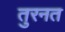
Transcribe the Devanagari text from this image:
तुरनत